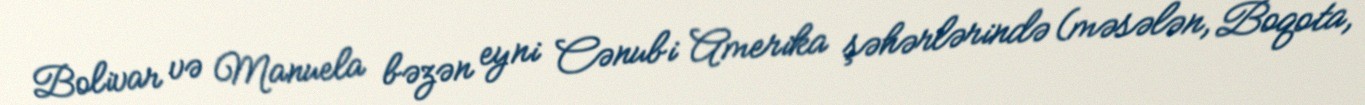
Bolivar və Manuela bəzən eyni Cənubi Amerika şəhərlərində (məsələn, Boqota,